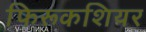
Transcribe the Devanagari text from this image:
फिरूकशियर